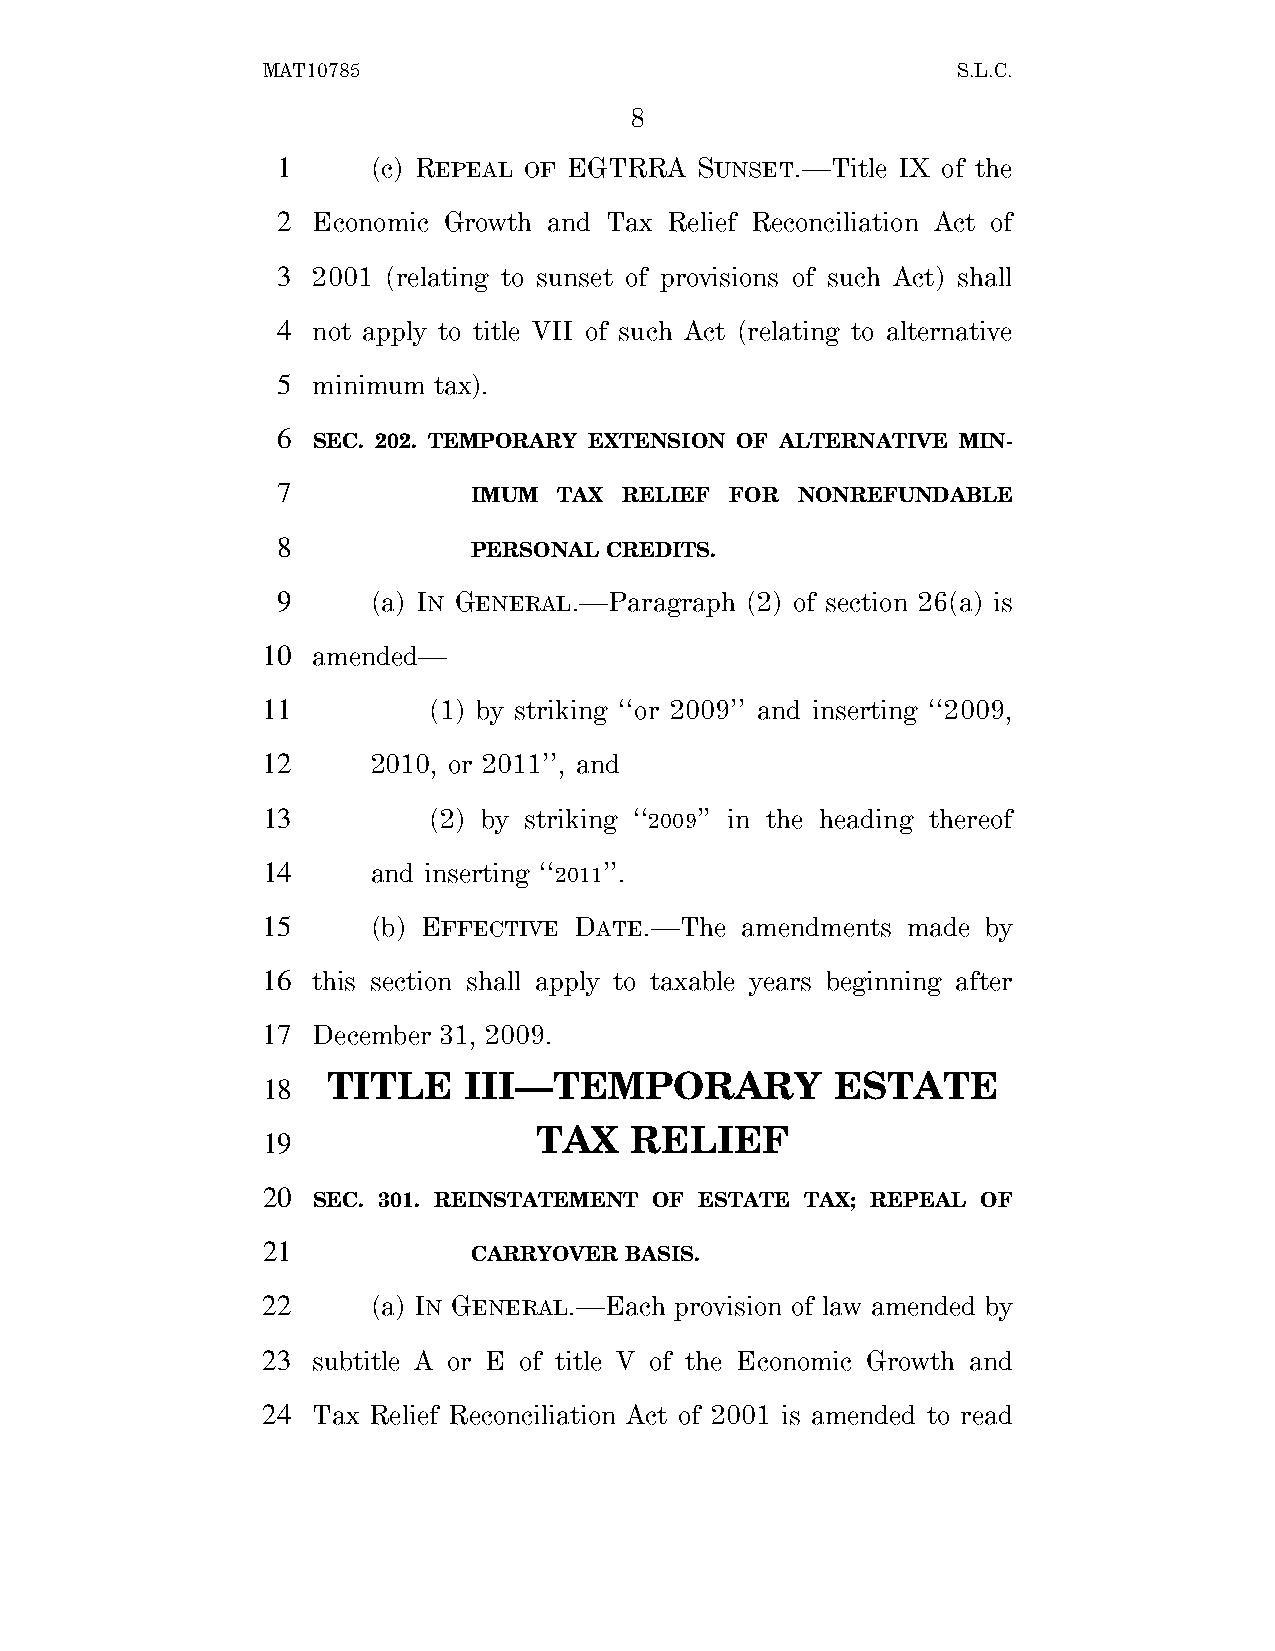
MAT10785                                      S.L.C.
 8
 1      (c) REPEAL OF EGTRRA SUNSET.—Title IX of the
 2  Economic Growth and Tax Relief Reconciliation Act of
 3  2001 (relating to sunset of provisions of such Act) shall
 4  not apply to title VII of such Act (relating to alternative
 5  minimum tax).
 6
 SEC. 202. TEMPORARY EXTENSION OF ALTERNATIVE MIN-
 7
 IMUM  TAX RELIEF FOR  NONREFUNDABLE
 8
 PERSONAL CREDITS.
 9      (a) IN GENERAL.—Paragraph (2) of section 26(a) is
 10  amended—
 11         (1) by striking ‘‘or 2009’’ and inserting ‘‘2009,
 12      2010, or 2011’’, and
 13         (2) by striking ‘‘2009’’ in the heading thereof
 14      and inserting ‘‘2011’’.
 15      (b) EFFECTIVE DATE.—The amendments made by
 16  this section shall apply to taxable years beginning after
 17  December 31, 2009.
 TITLE    III—TEMPORARY           ESTATE
 18
 TAX    RELIEF
 19
 20
 SEC. 301. REINSTATEMENT OF ESTATE TAX; REPEAL OF
 21
 CARRYOVER BASIS.
 22      (a) IN GENERAL.—Each provision of law amended by
 23  subtitle A or E of title V of the Economic Growth and
 24  Tax Relief Reconciliation Act of 2001 is amended to read